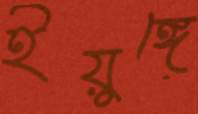
ইয়ুঙ্গে